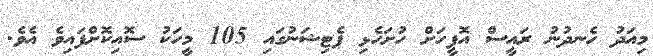
މިއަދު ހެނދުނު ރައީސް އޮފީހަށް ހުށަހެޅި ޕެޓިޝަނުގައި 105 މީހަކު ސޮއިކޮށްފައިވެ އެވެ.